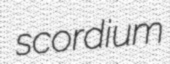
scordium